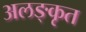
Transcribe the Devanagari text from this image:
अलङ्कृत